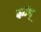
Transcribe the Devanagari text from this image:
झांग्